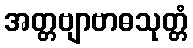
အတ္တဗျာဗာဓသုတ္တံ